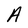
Character: A